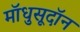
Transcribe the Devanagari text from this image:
मॉधुसूदॉन